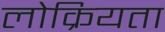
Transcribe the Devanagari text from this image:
लोक्रियता